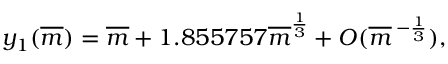
y _ { 1 } ( \overline { { { m } } } ) = \overline { { { m } } } + 1 . 8 5 5 7 5 7 \overline { { { m } } } ^ { \frac { 1 } { 3 } } + O ( \overline { { { m } } } \, ^ { - { \frac { 1 } { 3 } } } ) ,